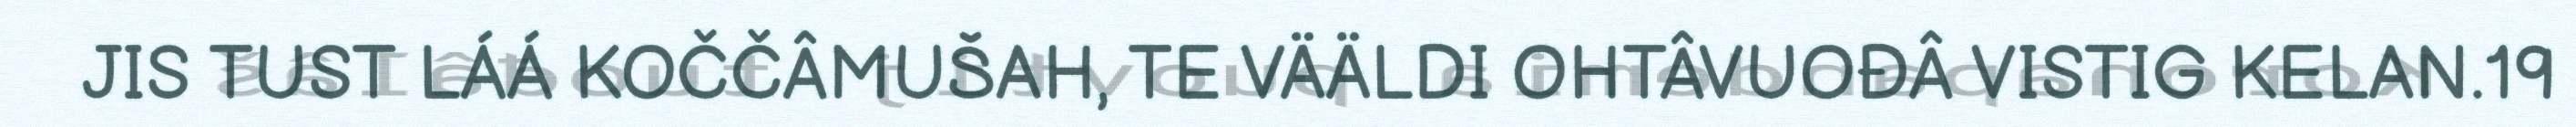
JIS TUST LÁÁ KOČČÂMUŠAH, TE VÄÄLDI OHTÂVUOĐÂ VISTIG KELAN.19